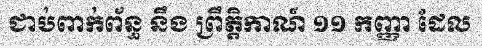
ជាប់ពាក់ព័ន្ធ នឹង ព្រឹត្តិកាណ៍ ១១ កញ្ញា ដែល